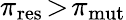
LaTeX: \pi_{\mathrm{res}}\! >\! \pi_{\mathrm{mut}}